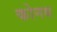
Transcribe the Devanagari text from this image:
कोनथ